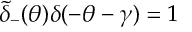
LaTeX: \tilde { \delta } _ { - } ( \theta ) \delta ( - \theta - \gamma ) = 1